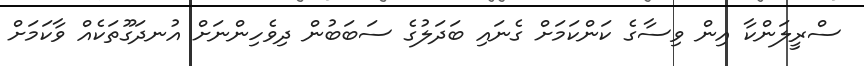
ސްރީލަންކާ އިން ވިސާގެ ކަންކަމަށް ގެނައި ބަދަލުގެ ސަބަބުން ދިވެހިންނަށް އުނދަގޫތަކެއް ވާކަމަށް